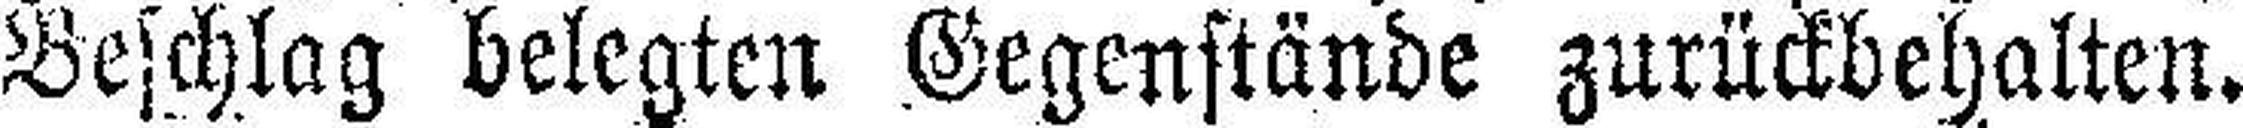
Beschlag belegten Gegenstände zurückbehalten.